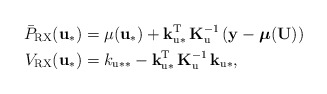
\begin{align*}\bar{P}_{\mathrm{RX}}(\mathbf{u}_{*}) & =\mu(\mathbf{u}_{*})+\mathbf{k}_{\mathrm{u}*}^{\mathrm{T}}\,\mathbf{K}_{\mathrm{u}}^{-1}\,(\mathbf{y-\boldsymbol{\mu}(\mathbf{U})})\\V_{\mathrm{RX}}(\mathbf{u}_{*}) & =k_{\mathrm{u}**}-\mathbf{k}_{\mathrm{u}*}^{\mathrm{T}}\,\mathbf{K}_{\mathrm{u}}^{-1}\,\mathbf{k}_{\mathrm{u}*},\end{align*}